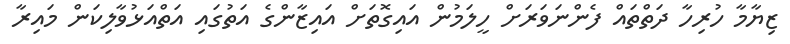
ޒިޔާމާ ހުރިހާ ދަތްތައް ފެންނަވަރަށް ހީލަމުން އައިގޮތަށް އައިޒާންގެ އަތުގައި އަތްއަޅުވާލިކަން މައިރާ